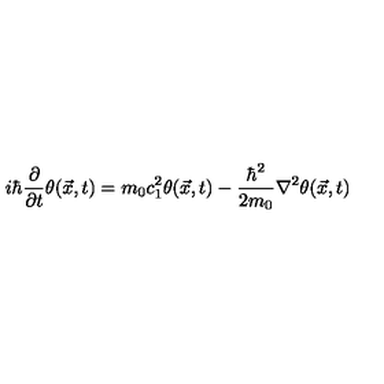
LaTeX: i \hbar \frac { \partial } { \partial t } \theta ( \vec { x } , t ) = m _ { 0 } c _ { 1 } ^ { 2 } \theta ( \vec { x } , t ) - \frac { \hbar ^ { 2 } } { 2 m _ { 0 } } \nabla ^ { 2 } \theta ( \vec { x } , t )